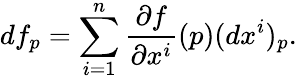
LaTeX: df_{p}=\sum_{i=1}^{n}{\frac{\partial f}{\partial x^{i}}}(p)(dx^{i})_{p}.